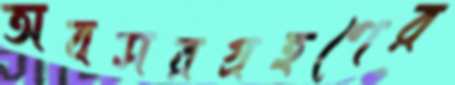
অবসরগ্রহণের